Civil Veterinary Dept. Assam report 1911-1927 - 1911-1927
Year: 1911
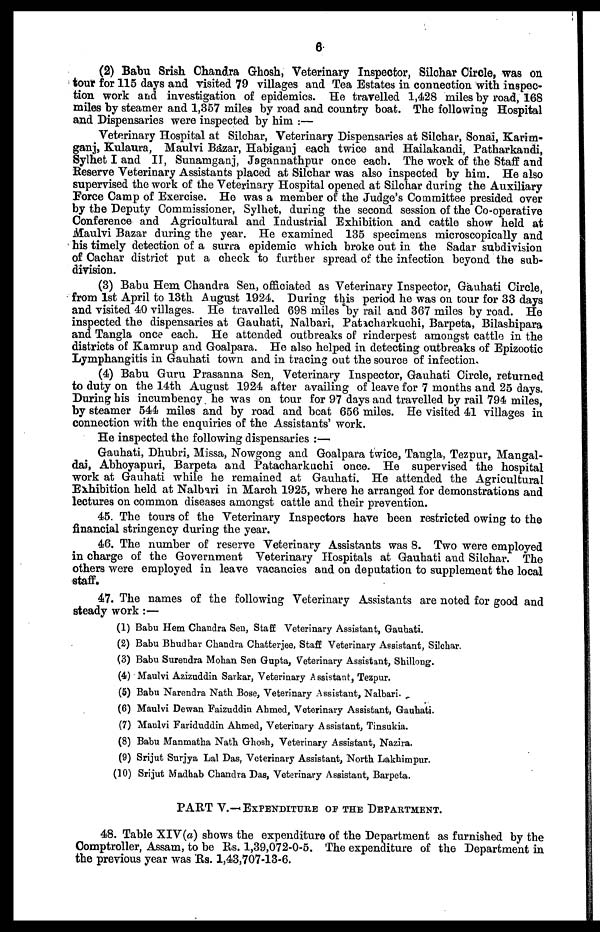
6
(2) Babu Srish Chandra Ghosh, Veterinary Inspector, Silchar Circle, was on
tour for 115 days and visited 79 villages and Tea Estates in connection with inspec-
tion work and investigation of epidemics. He travelled 1,428 miles by road, 168
miles by steamer and 1,357 miles by road and country boat. The following Hospital
and Dispensaries were inspected by him :—
Veterinary Hospital at Silchar, Veterinary Dispensaries at Silchar, Sonai, Karim-
ganj, Kulaura, Maulvi Bazar, Habiganj each twice and Hailakandi, Patharkandi,
Sylhet I and IT, Sunamganj, Jagannathpur once each. The work of the Staff and
Reserve Veterinary Assistants placed at Silchar was also inspected by him. He also
supervised the work of the Veterinary Hospital opened at Silchar during the Auxiliary
Force Camp of Exercise. Ho was a member of the Judge's Committee presided over
by the Deputy Commissioner, Sylhet, during the second session of the Co-operative
Conference and Agricultural and Industrial Exhibition and cattle show held at
Maulvi Bazar during the year. He examined 135 specimens microscopically and
his timely detection of a surra epidemic which broke out in the Sadar subdivision
of Cachar district put a check to further spread of the infection beyond the sub-
division.
(3) Babu Hem Chandra Sen, officiated as Veterinary Inspector, Gauhati Circle,
from 1st April to 13th August 1924. During this period he was on tour for 33 days
and visited 40 villages. He travelled 698 miles by rail and 367 miles by road. He
inspected the dispensaries at Gauhati, Nalbari, Patacharkuchi, Barpeta, Bilashipara
and Tangla once each. He attended outbreaks of rinderpest amongst cattle in the
districts of Kamrup and Goalpara. He also helped in detecting outbreaks of Epizootic
Lymphangitis in Gauhati town and in tracing out the source of infection.
(4) Babu Guru Prasanna Sen, Veterinary Inspector, Gauhati Circle, returned
to duty on the 14th August 1924 after availing of leave for 7 months and 25 days.
During his incumbency he was on tour for 97 days and travelled by rail 794 miles,
by steamer 544 miles and by road and boat 656 miles. He visited 41 villages in
connection with the enquiries of the Assistants' work.
He inspected the following dispensaries :—
Gauhati, Dhubri, Missa, Nowgong and Goalpara twice, Tangla, Tezpur, Mangal-
dai, Abhoyapuri, Barpeta and Patacharkuchi once. He supervised the hospital
work at Gauhati while he remained at Gauhati. He attended the Agricultural
Exhibition held at Nalbari in March 1925, where he arranged for demonstrations and
lectures on common diseases amongst cattle and their prevention.
45. The tours of the Veterinary Inspectors have been restricted owing to the
financial stringency during the year.
46. The number of reserve Veterinary Assistants was 8. Two were employed
in charge of the Government Veterinary Hospitals at Gauhati and Silchar. The
others were employed in leave vacancies and on deputation to supplement the local
staff.
47. The names of the following Veterinary Assistants are noted for good and
steady work :—
(1) Babu Hem Chandra Sen, Staff Veterinary Assistant, Gauhati.
(2) Babu Bhudbar Chandra Chatterjee, Staff Veterinary Assistant, Silchar.
(3) Babu Surendra Mohan Sen Gupta, Veterinary Assistant, Shillong.
(4) Maulvi Azizuddin Sarkar, Veterinary Assistant, Tezpur.
(5) Babu Narendra Nath Bose, Veterinary Assistant, Nalbari.
(6) Maulvi Dewan Faizuddin Ahmed, Veterinary Assistant, Gauhati.
(7) Maulvi Fariduddin Ahmed, Veterinary Assistant, Tinsukia.
(8) Babu Manmatha Nath Ghosh, Veterinary Assistant, Nazira.
(9) Srijut Surjya Lal Das, Veterinary Assistant, North Lakhimpur.
(10) Srijut Madhab Chandra Das, Veterinary Assistant, Barpeta.
PART V.—EXPENDITURE OF THE DEPARTMENT.
48. Table XIV(a) shows the expenditure of the Department as furnished by the
Comptroller, Assam, to be Rs. 1,39,072-0-5. The expenditure of the Department in
the previous year was Rs. 1,43,707-13-6.